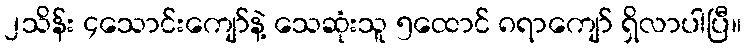
၂သိန်း ၄သောင်းကျော်နဲ့ သေဆုံးသူ ၅ထောင် ၈ရာကျော် ရှိလာပါပြီ။